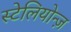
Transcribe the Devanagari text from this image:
स्टेलियोन्ज़